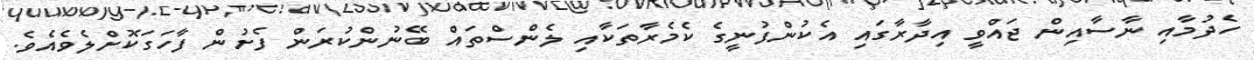
ހެދުމާއި ނާސާއިން ޖައްވީ އިދާރާގައި އެކުންފުނީގެ ކެމެރާތަކާއި ލެންސްތައް ބޭނުންކުރަން ފެށުން ފާހަގަކޮށްލެވެއެވެ.